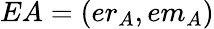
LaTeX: EA=(er_{A},em_{A})